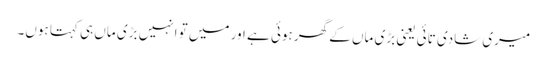
میری شادی تائی یعنی بڑی ماں کے گھر ہوئی ہے اور میں تو انہیں بڑی ماں ہی کہتا ہوں۔